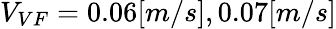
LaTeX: V_{VF}=0.06[m/s],0.07[m/s]